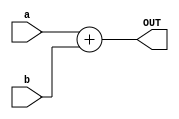
module Adder(
    input [63:0] a, b,
    output reg [63:0] OUT
);
always@(*)
    OUT = a + b; // Whenever used add the 2 inputs a and b to the output
endmodule

module alu_64
(
    input [63:0] a, b,
    input [3:0] ALUOp,
    output reg [63:0] Result,
    output reg Zero,
    output reg is_greater
);
    localparam [3:0]
    AND = 4'b0000, // availibility of operands in the ALU
    OR	= 4'b0001,
    ADD	= 4'b0010,
    Sub	= 4'b0110,
    NOR = 4'b1100,
    Lesser=4'b0100,
    LeftShift=4'b0111;
    
    always @ (ALUOp, a, b) // put forward the output whenever aluop or the 2 inputs change
    begin
        case (ALUOp)
            AND: Result = a & b;
            OR:	 Result = a | b;
            ADD: Result = a + b;
            Sub: Result = a - b;
            NOR: Result = ~(a | b);
            Lesser: Result = ( a < b)? 0: 1;
            LeftShift: Result = a << b;
            default: Result = 0; // result will be zero if there is an invalid operand
        endcase
         // if result is zero, Zeero signal will be high for other uses
        Zero = (Result == 64'd0) ? 1'b1 : 1'b0;

        // Check if a is greater than b and update the extra signal
        is_greater = (a > b) ? 1'b1 : 1'b0;
    end
    
endmodule

module ALU_Control
(
    input [1:0] ALUOp, // 2 bit ALUOPcode
    input [3:0] Funct, // 4 bit func to detemine what type of operation will be performed
    output reg [3:0] Operation // 4 bit Output operation
);
always @(*)
begin
    case(ALUOp)
        2'b00: // ALUOp = 00, R-type
        begin
            Operation = 4'b0010; // ALU operation: Add
        end
        
        2'b01: // ALUOp = 01, Branch type
        begin
            case(Funct[2:0])
                3'b000: // beq when func3 = 000
                begin
                    Operation = 4'b0110; // ALU operation: Subtract
                end
                
                3'b100: // blt whne func3 = 100
                begin
                    Operation = 4'b0100; // ALU operation Less than
                end
            endcase
        end

        2'b10: // ALUOp = 10, immediate type instructions
        begin
            case(Funct)
                4'b0000: // Funct = 0000
                begin
                    Operation = 4'b0010; // Immediate Add
                end
                
                4'b1000: // Funct = 1000
                begin
                    Operation = 4'b0110; // Immediate Subtract
                end
                
                4'b0111: // Funct = 0111
                begin
                    Operation = 4'b0000; // ALU operation: AND
                end
                
                4'b0110: // Funct = 0110
                begin
                    Operation = 4'b0001; // ALU operation: OR
                end
            endcase
        end
    endcase
end

endmodule

module Branch_Control
(
    input Branch, Zero, greater_than,
    input [3:0] funct,
    output reg Switch_Branch, Flush
);


always @(*) begin
    // Check if Branch signal is active
    if (Branch) begin

        // Case on funct[2:0]
        case ({funct[2:0]})

            // when funct[2:0] is 000
            3'b000: begin
                // Check if Zero signal is active
                if (Zero)
                    Switch_Branch = 1;  // Set Switch_Branch_branch to 1
                else
                    Switch_Branch = 0;  // Set Switch_Branch_branch to 0
            end

            // when funct[2:0] is 001
            3'b001: begin
                // Check if Zero signal is active
                if (Zero)
                    Switch_Branch = 0;  // Set Switch_Branch_branch to 0
                else
                    Switch_Branch = 1;  // Set Switch_Branch_branch to 1
            end

            //  when funct[2:0] is 101
            3'b101: begin
                // Check if greater_than signal is active
                if (greater_than)
                    Switch_Branch = 1;  // Set Switch_Branch_branch to 1
                else
                    Switch_Branch = 0;  // Set Switch_Branch_branch to 0
            end

            // when funct[2:0] is 100
            3'b100: begin
                // Check if greater_than signal is active
                if (greater_than)
                    Switch_Branch = 0;  // Set Switch_Branch_branch to 0
                else
                    Switch_Branch = 1;  // Set Switch_Branch_branch to 1
            end

            // Default case
            default: Switch_Branch = 0;  // Set Switch_Branch_branch to 0

        endcase
    
    end
    
    else
        Switch_Branch = 0;  // Set Switch_Branch_branch to 0 if Branch signal is inactive
end

always @(Switch_Branch) begin
    // Synchronise switch branch value with flush signal : Flush is used to flush the instruction in all stages
    if (Switch_Branch)
        Flush <= 1;  
    else
        Flush <= 0; 
    
end

endmodule

module Control_Unit
(
    input [6:0] Opcode,
    output reg [1:0] ALUOp,
    output reg Branch, MemRead, MemtoReg, MemWrite, ALUSrc, Regwrite
);
always @(*)
begin
    case (Opcode)
    7'b0110011: // R-type (add/sub)
        begin
            ALUSrc = 1'b0;
            MemtoReg = 1'b0;
            Regwrite = 1'b1;
            MemRead = 1'b0;
            MemWrite = 1'b0;
            Branch = 1'b0;
            ALUOp = 2'b10;
        end
    7'b0000011: // I-type (ld)
        begin
            ALUSrc = 1'b1;
            MemtoReg = 1'b1;
            Regwrite = 1'b1;
            MemRead = 1'b1;
            MemWrite = 1'b0;
            Branch = 1'b0;
            ALUOp = 2'b00;
        end
    7'b0100011: // S-type(sd)
        begin
            ALUSrc = 1'b1;
            MemtoReg = 1'bx;
            Regwrite = 1'b0;
            MemRead = 1'b0;
            MemWrite = 1'b1;
            Branch = 1'b0;
            ALUOp = 2'b00;
        end
    7'b0010011: // I-type (addi)
        begin
            ALUSrc = 1'b1;
            MemtoReg = 1'b0;
            Regwrite = 1'b1;
            MemRead = 1'b1;
            MemWrite = 1'b0;
            Branch = 1'b0;
            ALUOp = 2'b00;
        end
    7'b1100011: // SB-type (beq/bne/bge)
        begin
            ALUSrc = 1'b0;
            MemtoReg = 1'bx;
            Regwrite = 1'b0;
            MemRead = 1'b0;
            MemWrite = 1'b0;
            Branch = 1'b1;
            ALUOp = 2'b01;
        end
    default: begin
            ALUSrc = 1'b0;
            MemtoReg = 1'b0;
            Regwrite = 1'b0;
            MemRead = 1'b0;
            MemWrite = 1'b0;
            Branch = 1'b0;
            ALUOp = 2'b00;
    end
    endcase
end
endmodule

module Data_Memory
(
	input [63:0] Mem_Addr,
	input [63:0] Write_Data,
	input clk, MemWrite, MemRead,
	output reg [63:0] Read_Data,
	output [63:0] ele1,
    output [63:0] ele2,
    output [63:0] ele3,
    output [63:0] ele4,
    output [63:0] ele5
);

	reg [7:0] DataMemory [63:0];
	
	  assign ele1 = DataMemory[0]; // these 5 elemenets represent the first 5 values in the memory
      assign ele2 = DataMemory[8];
      assign ele3 = DataMemory[16];                      
      assign ele4 = DataMemory[24];
      assign ele5 = DataMemory[32];

      integer x; // loop variable
  
   initial  
    begin 
      for (x = 0; x < 64; x = x + 1)
      begin 
        DataMemory[x] = 8'd0; //reset all values
        end
     end    

	
	always @ (posedge clk)
	begin
		if (MemWrite) // on mem write signal high
		begin
			DataMemory[Mem_Addr] = Write_Data[7:0];
			DataMemory[Mem_Addr+1] = Write_Data[15:8];
			DataMemory[Mem_Addr+2] = Write_Data[23:16];
			DataMemory[Mem_Addr+3] = Write_Data[31:24];
			DataMemory[Mem_Addr+4] = Write_Data[39:32];
			DataMemory[Mem_Addr+5] = Write_Data[47:40];
			DataMemory[Mem_Addr+6] = Write_Data[55:48];
			DataMemory[Mem_Addr+7] = Write_Data[63:56];
		end
	end
	
	always @ (*)
	begin
		if (MemRead) // on mem read signal high
			Read_Data = {DataMemory[Mem_Addr+7],DataMemory[Mem_Addr+6],DataMemory[Mem_Addr+5],DataMemory[Mem_Addr+4],DataMemory[Mem_Addr+3],DataMemory[Mem_Addr+2],DataMemory[Mem_Addr+1],DataMemory[Mem_Addr]};
	end
endmodule

module EX_MEM(
    input clk,                     // Clock 
    input Flush,                   // Flush control 
    input RegWrite,                
    input MemtoReg,                // Control signal for selecting memory or ALU result for register write
    input Branch,                  // Branch Control SIgnal
    input Zero,                    // Control singal indicating the ALU result is zero
    input MemWrite,                
    input MemRead,                 
    input is_greater,              // Control signal indicating the comparison result of the ALU operation
    input [63:0] immvalue_added_pc, // Immediate value added to the program counter
    input [63:0] ALU_result,       // Result of the ALU operation
    input [63:0] WriteData,        // Data to be written to memory or register file
    input [3:0] function_code,     // Function code for ALU operation
    input [4:0] destination_reg,   // Destination register for register write

    output reg RegWrite_out,       // register write
    output reg MemtoReg_out,       // MEM or ALU result for register write
    output reg Branch_out,         // branch signal
    output reg Zero_out,           // signal for ALU result is zero
    output reg MemWrite_out,       // MEM write
    output reg MemRead_out,        // MEM read
    output reg is_greater_out,     // when a greater than check for comparison
    output reg [63:0] immvalue_added_pc_out, // immediate value added to the program counter
    output reg [63:0] ALU_result_out,       // ALU result
    output reg [63:0] WriteData_out,        // Write data
    output reg [3:0] ALU_OP,     // ALU operation code
    output reg [4:0] dest_reg_out    // destination register for reg write operation
);

    // Assign output values based on control signals
    always @(posedge clk) begin
        if (Flush) begin
            // SET every signal and every output to 0 if flush signaled
            RegWrite_out = 0;
            MemtoReg_out = 0;
            Branch_out = 0;
            Zero_out = 0;
            is_greater_out = 0;
            MemWrite_out = 0;
            MemRead_out = 0;
            immvalue_added_pc_out = 0;
            ALU_result_out = 0;
            WriteData_out = 0;
            ALU_OP = 0;
            dest_reg_out = 0;
        end 
        else begin
            // Assign output values based on input signals
            RegWrite_out = RegWrite;
            MemtoReg_out = MemtoReg;
            Branch_out = Branch;
            Zero_out = Zero;
            is_greater_out = is_greater;
            MemWrite_out = MemWrite;
            MemRead_out = MemRead;
            immvalue_added_pc_out = immvalue_added_pc;
            ALU_result_out = ALU_result;
            WriteData_out = WriteData;
            ALU_OP = function_code;
            dest_reg_out = destination_reg;
        end
    end

endmodule

module Forwarding_Unit
(
    input [4:0] EXMEM_rd, MEMWB_rd,
    input [4:0] IDEX_rs1, IDEX_rs2,
    input EXMEM_RegWrite, EXMEM_MemtoReg,
    input MEMWB_RegWrite,

    output reg [1:0] fwd_A, fwd_B
);

always @(*) begin
    // Forwarding logic for operand A
    if (EXMEM_rd == IDEX_rs1 /*&& EXMEM_RegWrite*/ && EXMEM_rd != 0) begin
        fwd_A = 2'b10;  // Forward value from the EX/MEM pipeline stage
    end else if ((MEMWB_rd == IDEX_rs1) && MEMWB_RegWrite && (MEMWB_rd != 0) &&
               !(EXMEM_RegWrite && (EXMEM_rd != 0) && (EXMEM_rd == IDEX_rs1))) begin
        fwd_A = 2'b01;  // Forward value from the MEM/WB pipeline stage
    end else begin
        fwd_A = 2'b00;  // No forwarding for operand A
    end
    
    // Forwarding logic for operand B
    if ((EXMEM_rd == IDEX_rs2) /*&& EXMEM_RegWrite*/ && EXMEM_rd != 0) begin
        fwd_B = 2'b10;  // Forward value from the EX/MEM pipeline stage
    end else if ((MEMWB_rd == IDEX_rs2) && (MEMWB_RegWrite == 1) && (MEMWB_rd != 0) &&
               !(EXMEM_RegWrite && (EXMEM_rd != 0) && (EXMEM_rd == IDEX_rs2))) begin
        fwd_B = 2'b01;  // Forward value from the MEM/WB pipeline stage
    end else begin
        fwd_B = 2'b00;  // No forwarding for operand B
    end
end

endmodule

module Hazard_Detection
(
    input [4:0] current_rd, previous_rs1, previous_rs2,
    input current_MemRead,
    output reg mux_out,
    output reg enable_Write, enable_PCWrite
);
initial begin
    if (current_MemRead && (current_rd == previous_rs1 || current_rd == previous_rs2)) begin
        // Hazard detected: Set control signals accordingly
        mux_out = 1;             // Disable the multiplexer output
        enable_Write = 1;       // Disable write to the next pipeline stage
        enable_PCWrite = 1;    // Disable PC write
    end else begin
        // No hazard detected: Set control signals accordingly
        mux_out = 1;             // Enable the multiplexer output
        enable_Write = 1;       // Enable write to the next pipeline stage
        enable_PCWrite = 1;    // Enable PC write
    end
end

endmodule

module ID_EX(
    input        clk,                            // Clock signal
    input        Flush,                          // Flush control signal
    input [63:0] program_counter_addr,    // Program counter address input
    input [63:0] read_data1,               // Data 1 input
    input [63:0] read_data2,               // Data 2 input
    input [63:0] immediate_value,          // Immediate value input
    input [3:0]  function_code,             // Function code input
    input [4:0]  destination_reg,           // Destination register input
    input [4:0]  source_reg1,                // Source register 1 input
    input [4:0]  source_reg2,               // Source register 2 input
    input        MemtoReg,                        // Memory-to-register control signal
    input        RegWrite,                        // Register write control signal
    input        Branch,                           // Branch control signal
    input        MemWrite,                         // Memory write control signal
    input        MemRead,                          // Memory read control signal
    input        ALUSrc,                           // ALU source control signal
    input [1:0]  ALU_op,                     // ALU operation control signal

    output reg [63:0] program_counter_addr_out,    // Output: Stored program counter address
    output reg [63:0] read_data1_out,               // Output: Stored Data 1
    output reg [63:0] read_data2_out,               // Output: Stored Data 2
    output reg [63:0] immediate_value_out,          // Output: Stored Immediate value
    output reg [3:0] function_code_out,             // Output: Stored Function code
    output reg [4:0] destination_reg_out,           // Output: Stored Destination register
    output reg [4:0] source_reg1_out,                     // Output: Stored Source register 1
    output reg [4:0] source_reg2_out,                     // Output: Stored Source register 2
    output reg       MemtoReg_out,                        // Output: Stored Memory-to-register control
    output reg       RegWrite_out,                            // Output: Stored Register write control
    output reg Branch_out,                               // Output: Stored Branch control
    output reg MemWrite_out,                            // Output: Stored Memory write control
    output reg MemRead_out,                         // Output: Stored Memory read control
    output reg ALUSrc_out,                               // Output: Stored ALU source control
    output reg [1:0] ALU_op_out                     // Output: Stored ALU operation control
    
);

always @(posedge clk) begin
    if (Flush) 
    begin
    // Reset all output registers to 0
    program_counter_addr_out = 0;
    read_data1_out = 0;
    read_data2_out = 0;
    immediate_value_out = 0;
    function_code_out = 0;
    destination_reg_out = 0;
    source_reg1_out = 0;
    source_reg2_out = 0;
    MemtoReg_out = 0;
    RegWrite_out = 0;
    Branch_out = 0;
    MemWrite_out = 0;
    MemRead_out = 0;
    ALUSrc_out = 0;
    ALU_op_out = 0;
    end 
    
    else 
    begin
        // Pass input values to output registers
    program_counter_addr_out = program_counter_addr;
    read_data1_out = read_data1;
    read_data2_out = read_data2;
    immediate_value_out = immediate_value;
    function_code_out = function_code;
    destination_reg_out = destination_reg;
    source_reg1_out = source_reg1;
    source_reg2_out = source_reg2;
    RegWrite_out = RegWrite;
    MemtoReg_out = MemtoReg;
    Branch_out = Branch;
    MemWrite_out = MemWrite;
    MemRead_out = MemRead;
    ALUSrc_out = ALUSrc;
    ALU_op_out = ALU_op;
    end
end

endmodule 

module IF_ID(
    input clk, IFID_Write, Flush,
    input [63:0] PC_addr,
    input [31:0] Instruc,
    output reg [63:0] PC_store,
    output reg [31:0] Instr_store
);

always @(posedge clk) begin
    // Check if Flush signal is active
    if (Flush) begin
        // Flush active: Reset stored values
        PC_store <= 0;
        Instr_store <= 0;
    end else if (!IFID_Write) begin
        // IFID_Write inactive: Preserve stored values
        PC_store <= PC_store;
        Instr_store <= Instr_store;
    end else begin
        // Store new values in IF/ID pipeline registers
        PC_store <= PC_addr;
        Instr_store <= Instruc;
    end
end

endmodule

module data_extractor (
    input [31:0] instruction,
    output reg [63:0] imm_data
);

  wire [6:0] opcode;  // Wire to hold the opcode extracted from the instruction
  assign opcode = instruction[6:0];  // Assign the lower 7 bits of the instruction to the opcode wire

  always @(*)  
  begin
      case (opcode)
          7'b0000011: imm_data =  {{52{instruction[31]}}, instruction[31:20]};  // I-type instruction with 12-bit immediate
          7'b0100011: imm_data = {{52{instruction[31]}}, instruction[31:25], instruction[11:7]};  // S-type instruction with 12-bit immediate
          7'b1100011: imm_data = {{52{instruction[31]}}, instruction[31], instruction[7], instruction[30:25], instruction[11:8]};  // B-type instruction with 13-bit immediate
          7'b0010011: imm_data = {{52{instruction[31]}}, instruction[31:20]};  // I-type instruction with 12-bit immediate
          default : imm_data = 64'd0;  // No immediate value for other opcode values
      endcase
  end

endmodule

module Instruction_Parser(
    input [31:0] instruction,
    output [6:0] opcode, funct7,
    output [4:0] rd , rs1 , rs2,
    output [2:0] funct3 

);

    assign opcode = instruction[6:0];
    assign rd = instruction[11:7];
    assign funct3 = instruction[14:12];
    assign rs1 = instruction[19:15];
    assign rs2 = instruction[24:20];
    assign funct7 = instruction[31:25];
    
    endmodule

module Instruction_Memory
(
	input [63:0] Inst_Address,
	output reg [31:0] Instruction
);
	reg [7:0] inst_mem [63:0];
	
	initial begin
    inst_mem[0] = 8'b00110011; //add x10,x12,x13
    inst_mem[1] = 8'b00000101;
    inst_mem[2] = 8'b11010110;
    inst_mem[3] = 8'b0;
    
    inst_mem[4] = 8'b00110011; //add x8,x10,x12
    inst_mem[5] = 8'b00000100;
    inst_mem[6] = 8'b11000101;
    inst_mem[7] = 8'b0;
    
//    inst_mem[8] = 8'b10110011; //sub x1,x8,x10
//    inst_mem[9] = 8'b00000000;
//    inst_mem[10] = 8'b10010100;
//    inst_mem[11] = 8'b01000000;

    inst_mem[8] = 8'b10110011; //add x1,x8,x10
    inst_mem[9] = 8'b00000000;
    inst_mem[10] = 8'b10100100;
    inst_mem[11] = 8'b00000000;
    
    
    
	end
	
	always @(Inst_Address)
	begin
		Instruction={inst_mem[Inst_Address+3],inst_mem[Inst_Address+2],inst_mem[Inst_Address+1],inst_mem[Inst_Address]};
	end
endmodule

module MEM_WB(
    input clk,                      // Clock signal
    input RegWrite,                 // Control signal for enabling register write
    input MemtoReg,                 // Control signal for selecting memory or ALU result for register write
    input [63:0] ReadData,          // Data read from memory or register file
    input [63:0] ALU_result,        // Result of the ALU operation
    input [4:0] destination_reg,    // Destination register for register write

    output reg RegWrite_out,        // Output signal for enabling register write
    output reg MemtoReg_out,        // Output signal for selecting memory or ALU result for register write
    output reg [63:0] ReadData_out, // Output signal for data read from memory or register file
    output reg [63:0] ALU_result_out, // Output signal for the ALU result
    output reg [4:0] destination_reg_out // Output signal for destination register for register write
);

    // Assign output values based on input signals
    always @(posedge clk) begin
        RegWrite_out = RegWrite;
        MemtoReg_out = MemtoReg;
        ReadData_out = ReadData;
        ALU_result_out = ALU_result;
        destination_reg_out = destination_reg;
    end

endmodule

module mux2x1
(
    input [63:0] a,b,
    input sel ,
    output [63:0] data_out
);

assign data_out = sel ? a : b; //select b or a based on the sel bit

endmodule 

module mux3x1(
    input [63:0] a, b, c,
    input [1:0] sel,
    output reg [63:0] data_out   
);

always @(*) begin
    if (sel == 2'b01) begin    // If sel is 01, select input B
        data_out = b;
    end
    else if (sel == 2'b00) begin    // If sel is 00, select input A
        data_out = a;
    end
    else if (sel == 2'b10) begin    // If sel is 10, select input C
        data_out = c;
    end
    else begin    // For all other cases, output X (undefined)
        data_out = 2'bX;
    end
end


endmodule

module Program_Counter 
(
    input clk, reset, PCWrite,
    input [63:0] PC_In,
    output reg [63:0] PC_Out
);

    reg reset_force; // Variable to force 0th value after reset

    initial
    begin
        PC_Out <= 64'd0; // Initialize PC_Out to 0
    end
    
    always @(negedge reset)
    begin
        reset_force <= 1; // Set reset_force to 1 on the falling edge of reset signal
    end
    
    always @(posedge clk or posedge reset)
    begin
        if (reset || reset_force)
        begin
            PC_Out <= 64'd0; // Reset PC_Out to 0 when reset or reset_force is active
            reset_force <= 0; // Reset the reset_force variable
        end
        else if (!PCWrite)
        begin
            PC_Out <= PC_Out; // Hold the current value of PC_Out if PCWrite is not enabled
        end
        else
        begin
            PC_Out <= PC_In; // Update PC_Out with the value from PC_In when PCWrite is enabled
        end
    end

endmodule

module registerFile
(
    input clk, reset, RegWrite,
    input [63:0] WriteData,
    input [4:0] RS1, RS2, RD,
    output reg [63:0] ReadData1, ReadData2,
    output [63:0] r1,
    output [63:0] r2,
    output [63:0] r3,
    output [63:0] r4,
    output [63:0] r5
);

reg [63:0] Registers [31:0];
integer i;

initial
begin
    for (i = 0; i < 32; i = i + 1)
            Registers[i] = 64'd0;
    Registers[12] = 64'd1;
    Registers[13] = 64'd2;
end


always @(negedge clk ) begin // doing regwrite on the negative clock edge
    
    if (RegWrite) begin
        Registers[RD] = WriteData;
    end
end

always@(*) begin
    ReadData1 = reset ? 0 : Registers[RS1];
    ReadData2 = reset ? 0 : Registers[RS2];
end

  assign r1 = Registers[12];
  assign r2 = Registers[13];
  assign r3 = Registers[10];
  assign r4 = Registers[8];
  assign r5 = Registers[1];

endmodule // registerFile

module RISC_V_Processor (
    input clk, reset,
    output wire [63:0] reg1, reg2, reg3, reg4, reg5,
    output wire [63:0] ele1, ele2, ele3, ele4, ele5,
    output [1:0] fwdA,fwdB
    
);
    
    // Instruction Memory (IM) to Instruction Fetch/Decode (IFID) wires
    wire [63:0] PC_to_IM;
    wire [31:0] IM_to_IFID;
    
    // Instruction Decode/Decode (IFID) stage outputs
    wire [6:0] opcode_out;
    wire [4:0] rd_out;
    wire [2:0] funct3_out;
    wire [6:0] funct7_out;
    wire [4:0] rs1_out, rs2_out;
    wire Branch_out, MemRead_out, MemtoReg_out, MemWrite_out, ALUSrc_out, RegWrite_out;
    wire Is_Greater_out;
    wire [1:0] ALUOp_out;
    wire [63:0] mux_to_reg;
    wire [63:0] mux_to_pc_in;
    wire [3:0] ALU_C_Operation;
    wire [63:0] ReadData1_out, ReadData2_out;
    wire [63:0] imm_data_out;
    
    // Fixed value wire
    wire [63:0] fixed_4 = 64'd4;
    
    // PC + 4 to Instruction Fetch/Decode (IFID) mux input wire
    wire [63:0] PC_plus_4_to_mux;
    
    // ALU mux output wire
    wire [63:0] alu_mux_out;
    
    // ALU result wire
    wire [63:0] alu_result_out;
    
    // Zero flag wire
    wire zero_out;
    
    // Immediate value wire for the adder
    wire [63:0] imm_to_adder;
    
    // Immediate adder output wire to mux input
    wire [63:0] imm_adder_to_mux;
    
    // Data Memory (DM) read data wire
    wire [63:0] DM_Read_Data_out;
    
    // Program Counter (PC) mux select wire
    wire pc_mux_sel_wire;
    
    // PC write enable wire
    wire PCWrite_out;
    
    // ID/EX stage outputs
    wire IDEX_Branch_out, IDEX_MemRead_out, IDEX_MemtoReg_out, IDEX_MemWrite_out, IDEX_ALUSrc_out, IDEX_RegWrite_out;
    wire [63:0] IDEX_PC_addr, IDEX_ReadData1_out, IDEX_ReadData2_out, IDEX_imm_data_out;
    wire [3:0] IDEX_funct_in;
    wire [4:0] IDEX_rd_out, IDEX_rs1_out, IDEX_rs2_out;
    wire [1:0] IDEX_ALUOp_out;
    
    // EX/MEM stage outputs
    wire EXMEM_Branch_out, EXMEM_MemRead_out, EXMEM_MemtoReg_out, EXMEM_MemWrite_out, EXMEM_RegWrite_out;
    wire EXMEM_zero_out, EXMEM_Is_Greater_out;
    wire [63:0] EXMEM_PC_plus_imm, EXMEM_alu_result_out, EXMEM_ReadData2_out;
    wire [3:0] EXMEM_funct_in;
    wire [4:0] EXMEM_rd_out;
    wire Flush_out;
    
    // MEM/WB stage outputs
    wire MEMWB_MemtoReg_out, MEMWB_RegWrite_out;
    wire [63:0] MEMWB_DM_Read_Data_out, MEMWB_alu_result_out;
    wire [4:0] MEMWB_rd_out;
    
    // IF/ID stage wires
    wire [63:0] IFID_PC_addr;
    wire [31:0] IFID_IM_to_parse;
    wire IFID_Write_out;
    
    // ID/EX stage wires
    wire [3:0] funct_in;
    assign funct_in = {IFID_IM_to_parse[30], IFID_IM_to_parse[14:12]};
    wire control_mux_sel;
    wire [1:0] ALUop_IDEXin;
    wire [63:0] pcplusimm_to_EXMEM;
    wire [1:0] fwd_A_out, fwd_B_out;
    
    // Forwarding multiplexer inputs
    wire [63:0] triplemux_to_a, triplemux_to_b;
    
    assign fwdA = fwd_A_out;
    assign fwdB = fwd_B_out;

assign MemtoReg_IDEXin = control_mux_sel ? MemtoReg_out : 0;    // Select MemtoReg_out if control_mux_sel is true, otherwise assign 0
assign RegWrite_IDEXin = control_mux_sel ? RegWrite_out : 0;    // Select RegWrite_out if control_mux_sel is true, otherwise assign 0
assign Branch_IDEXin = control_mux_sel ? Branch_out : 0;        // Select Branch_out if control_mux_sel is true, otherwise assign 0
assign MemWrite_IDEXin = control_mux_sel ? MemWrite_out : 0;    // Select MemWrite_out if control_mux_sel is true, otherwise assign 0
assign MemRead_IDEXin = control_mux_sel ? MemRead_out : 0;      // Select MemRead_out if control_mux_sel is true, otherwise assign 0
assign ALUSrc_IDEXin = control_mux_sel ? ALUSrc_out : 0;        // Select ALUSrc_out if control_mux_sel is true, otherwise assign 0
assign ALUop_IDEXin = control_mux_sel ? ALUOp_out : 2'b00;      // Select ALUOp_out if control_mux_sel is true, otherwise assign 2'b00

mux2x1 PCsrcmux
(
    .a(EXMEM_PC_plus_imm),  
    .b(PC_plus_4_to_mux),
    .sel(pc_mux_sel_wire),
    .data_out(mux_to_pc_in)
);

Program_Counter ProgC (
    .clk(clk),
    .reset(reset),
    .PCWrite(PCWrite_out),
    .PC_In(mux_to_pc_in),
    .PC_Out(PC_to_IM)
);

Adder PC_Adder
(
    .a(PC_to_IM),
    .b(fixed_4),
    .OUT(PC_plus_4_to_mux)
);

Instruction_Memory INST_Mem
(
    .Inst_Address(PC_to_IM),
    .Instruction(IM_to_IFID)
);

IF_ID IF_ID
(
    .clk(clk),
    .Flush(Flush_out),
    .IFID_Write(IFID_Write_out),
    .PC_addr(PC_to_IM),
    .Instruc(IM_to_IFID),
    .PC_store(IFID_PC_addr),
    .Instr_store(IFID_IM_to_parse)
);


Hazard_Detection HD_Unit
(
    .current_rd(IDEX_rd_out),
    .previous_rs1(rs1_out),
    .previous_rs2(rs2_out),
    .current_MemRead(IDEX_MemRead_out),
    .mux_out(control_mux_sel),
    .enable_Write(IFID_Write_out),
    .enable_PCWrite(PCWrite_out)
);



Instruction_Parser I_Parser
(
    .instruction(IFID_IM_to_parse),
    .opcode(opcode_out),
    .rd(rd_out),
    .funct3(funct3_out),
    .rs1(rs1_out),
    .rs2(rs2_out),
    .funct7(funct7_out)
);

Control_Unit Ctrl_unit
(
    .Opcode(opcode_out),
    .Branch(Branch_out), 
    .MemRead(MemRead_out), 
    .MemtoReg(MemtoReg_out),
    .MemWrite(MemWrite_out), 
    .ALUSrc(ALUSrc_out),
    .Regwrite(RegWrite_out),
    .ALUOp(ALUOp_out)
);

registerFile RegFile
(
    .clk(clk),
    .reset(reset),
    .RegWrite(MEMWB_RegWrite_out), 
    .WriteData(mux_to_reg),
    .RS1(rs1_out),
    .RS2(rs2_out),
    .RD(MEMWB_rd_out),    
    .ReadData1(ReadData1_out),
    .ReadData2(ReadData2_out),
    .r1(reg1),
    .r2(reg2),
    .r3(reg3),
    .r4(reg4),
    .r5(reg5)
    
);


data_extractor Imm_Gen
(
    .instruction(IFID_IM_to_parse),
    .imm_data(imm_data_out)
);


ID_EX ID_EX 
(
    .clk              (clk),
    .Flush              (Flush_out),
    .program_counter_addr (IFID_PC_addr),
    .read_data1          (ReadData1_out),
    .read_data2          (ReadData2_out),
    .immediate_value     (imm_data_out),
    .function_code       (funct_in),
    .destination_reg     (rd_out),
    .source_reg1         (rs1_out),
    .source_reg2         (rs2_out),
    .MemtoReg            (RegWrite_IDEXin),
    .RegWrite             (MemtoReg_IDEXin),
    .Branch                (Branch_IDEXin),
    .MemWrite            (MemWrite_IDEXin),
    .MemRead             (MemRead_IDEXin),
    .ALUSrc              (ALUSrc_IDEXin),
    .ALU_op              (ALUop_IDEXin),

    .program_counter_addr_out       (IDEX_PC_addr),
    .read_data1_out             (IDEX_ReadData1_out),
    .read_data2_out             (IDEX_ReadData2_out),
    .immediate_value_out     (IDEX_imm_data_out),
    .function_code_out    (IDEX_funct_in),
    .destination_reg_out        (IDEX_rd_out),
    .source_reg1_out           (IDEX_rs1_out),
    .source_reg2_out            (IDEX_rs2_out),
    .MemtoReg_out               (IDEX_RegWrite_out),
    .RegWrite_out               (IDEX_MemtoReg_out),
    .Branch_out                 (IDEX_Branch_out),
    .MemWrite_out               (IDEX_MemWrite_out),
    .MemRead_out               (IDEX_MemRead_out),
    .ALUSrc_out                 (IDEX_ALUSrc_out),
    .ALU_op_out                 (IDEX_ALUOp_out)

);

ALU_Control ALU_Control1
(
    .ALUOp(IDEX_ALUOp_out),
    .Funct(IDEX_funct_in),
    .Operation(ALU_C_Operation)
);


mux2x1 ALU_mux
(
    .a(IDEX_imm_data_out), //value when sel is 1
    .b(triplemux_to_b),
    .sel(IDEX_ALUSrc_out),
    .data_out(alu_mux_out)
);



mux3x1 mux_forw_a
(
    .a(IDEX_ReadData1_out), 
    .b(mux_to_reg), 
    .c(EXMEM_alu_result_out),   
    .sel(fwd_A_out),
    .data_out(triplemux_to_a)  
);

mux3x1 mux_forw_b
(
    .a(IDEX_ReadData2_out), 
    .b(mux_to_reg), 
    .c(EXMEM_alu_result_out),   
    .sel(fwd_B_out),
    .data_out(triplemux_to_b)  
);

alu_64 ALU64
(
    .a(triplemux_to_a),
    .b(alu_mux_out), 
    .ALUOp(ALU_C_Operation),
    .Result(alu_result_out),
    .Zero(zero_out),
    .is_greater(Is_Greater_out)
);



Forwarding_Unit FWD_Unit
(
    .EXMEM_rd(EXMEM_rd_out),
    .MEMWB_rd(MEMWB_rd_out),
    .IDEX_rs1(IDEX_rs1_out),
    .IDEX_rs2(IDEX_rs2_out),
    .EXMEM_RegWrite(EXMEM_RegWrite_out),
    .EXMEM_MemtoReg(EXMEM_MemtoReg_out),
    .MEMWB_RegWrite(MEMWB_RegWrite_out),
    .fwd_A(fwd_A_out),
    .fwd_B(fwd_B_out)
    
);


Adder ProgCounter_plus_imm
(
    .a(IDEX_PC_addr),
    .b(imm_to_adder),
    .OUT(pcplusimm_to_EXMEM)
);

EX_MEM EX_MEM
(
    .clk(clk),
    .Flush(Flush_out),
    .RegWrite(IDEX_RegWrite_out),
    .MemtoReg(IDEX_MemtoReg_out),
    .Branch(IDEX_Branch_out),
    .Zero(zero_out),
    .is_greater(Is_Greater_out),
    .MemWrite(IDEX_MemWrite_out),
    .MemRead(IDEX_MemRead_out),
    .immvalue_added_pc(pcplusimm_to_EXMEM),
    .ALU_result(alu_result_out),
    .WriteData(triplemux_to_b),
    .function_code(IDEX_funct_in),
    .destination_reg(IDEX_rd_out),

    .RegWrite_out(EXMEM_RegWrite_out),
    .MemtoReg_out(EXMEM_MemtoReg_out),
    .Branch_out(EXMEM_Branch_out),
    .Zero_out(EXMEM_zero_out),
    .is_greater_out(EXMEM_Is_Greater_out),
    .MemWrite_out(EXMEM_MemWrite_out),
    .MemRead_out(EXMEM_MemRead_out),
    .immvalue_added_pc_out(EXMEM_PC_plus_imm),
    .ALU_result_out(EXMEM_alu_result_out),
    .WriteData_out(EXMEM_ReadData2_out),
    .ALU_OP(EXMEM_funct_in),
    .dest_reg_out(EXMEM_rd_out)
);



Branch_Control Branchctrl_unit
(
    .Branch(EXMEM_Branch_out),
    .Flush(Flush_out),
    .Zero(EXMEM_zero_out),
    .greater_than(EXMEM_Is_Greater_out),
    .funct(EXMEM_funct_in),
    .Switch_Branch(pc_mux_sel_wire)
);


Data_Memory Datamem
(
	EXMEM_alu_result_out,
	EXMEM_ReadData2_out,
	clk,EXMEM_MemWrite_out,EXMEM_MemRead_out,
	DM_Read_Data_out
, 
ele1,
ele2,
ele3,
ele4,
ele5
);


MEM_WB Memory_WB
(
    .clk(clk),
    .RegWrite(EXMEM_RegWrite_out),
    .MemtoReg(EXMEM_MemtoReg_out),
    .ReadData(DM_Read_Data_out),
    .ALU_result(EXMEM_alu_result_out),
    .destination_reg(EXMEM_rd_out),

    .RegWrite_out(MEMWB_RegWrite_out),
    .MemtoReg_out(MEMWB_MemtoReg_out),
    .ReadData_out(MEMWB_DM_Read_Data_out),
    .ALU_result_out(MEMWB_alu_result_out),
    .destination_reg_out(MEMWB_rd_out)

);


mux2x1 mux2
(
    .a(MEMWB_DM_Read_Data_out), //value when sel is 1
    .b(MEMWB_alu_result_out),
    .sel(MEMWB_MemtoReg_out),
    .data_out(mux_to_reg)
);


endmodule